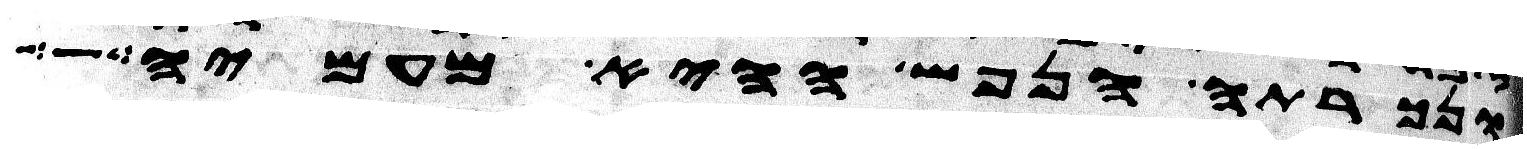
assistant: ונכרתה הנפש ההיא מעמיה